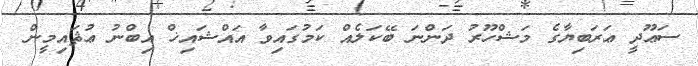
ސަޢޫދީ ޢަރަބިޔާގެ މަޝްހޫރު ދަންނަ ބޭކަލެއް ކަމުގައިވާ އައްޝައިޚް އިބްނު ޢުޘައިމީން